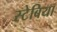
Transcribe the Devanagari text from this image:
स्टेबिया